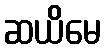
ဆယိမေ